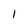
Character: 1